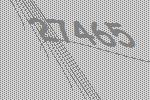
27465